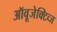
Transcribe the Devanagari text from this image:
ऑवूजेक्टिव्ज